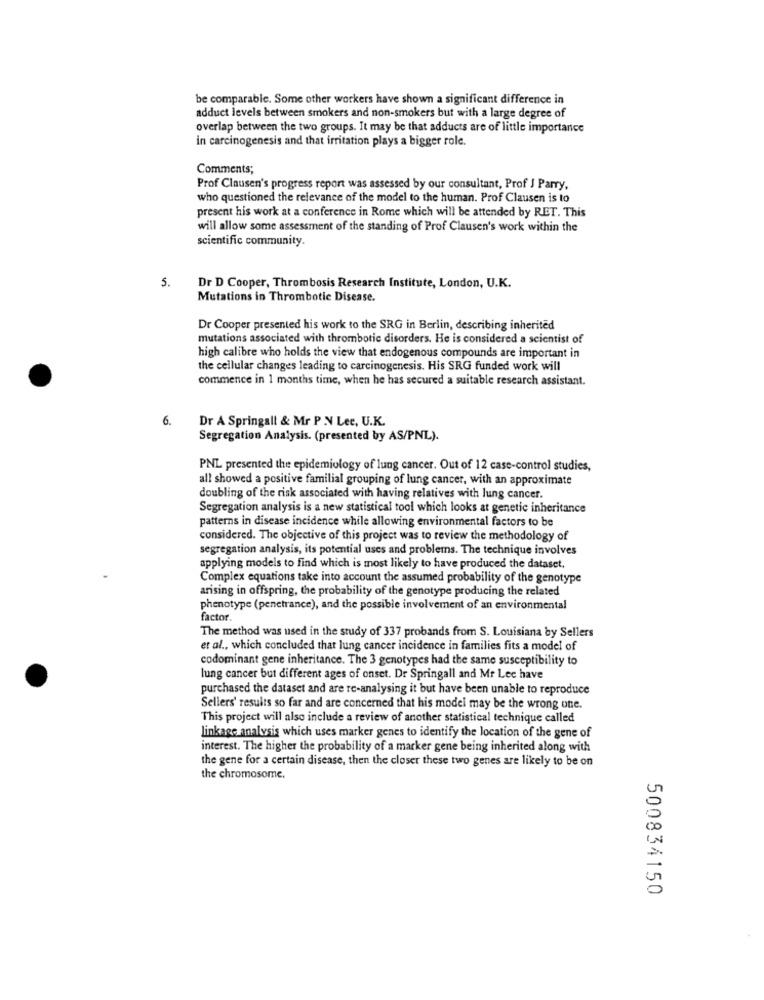
be comparable. Some other workers have shown a significant difference in
adduct levels between smokers and non-smokers but with a large degree of
overlap between the two groups. It may be that adducts are of little importance
in carcinogenesis and that irritation plays a bigger role.
Comments;
Prof Clausen's progress report was assessed by our consultant, Prof J Parry,
who questioned the relevance of the model to the human. Prof Clausen is to
present his work at a conference in Rome which will be attended by RET. This
will allow some assessment of the standing of Prof Clausen's work within the
scientific community.
5.
Dr D Cooper, Thrombosis Research Institute, London, U.K.
Mutations in Thrombotic Disease.
Dr Cooper presented his work to the SRG in Berlin, describing inherited
mutations associated with thrombotic disorders. He is considered a scientist of
high calibre who holds the view that endogenous compounds are important in
the cellular changes leading to carcinogenesis. His SRG funded work will
commence in 1 months time, when he has secured a suitable research assistant.
6.
Dr A Springall & Mr P.N Lee, U.K.
Segregation Analysis. (presented by AS/PNL).
PNL presented the epidemiology of lung cancer. Out of 12 case-control studies,
all showed a positive familial grouping of lung cancer, with an approximate
doubling of the risk associated with having relatives with lung cancer.
Segregation analysis is a new statistical tool which looks at genetic inheritance
patterns in disease incidence while allowing environmental factors to be
considered. The objective of this project was to review the methodology of
segregation analysis, its potential uses and problems. The technique involves
applying models to find which is most likely to have produced the dataset.
Complex equations take into account the assumed probability of the genotype
arising in offspring, the probability of the genotype producing the related
phenotype (penetrance), and the possible involvement of an environmental
factor.
The method was used in the study of 337 probands from S. Louisiana by Sellers
er al ., which concluded that lung cancer incidence in families fits a model of
codominant gene inheritance. The 3 genotypes had the same susceptibility to
lung cancer but different ages of onset. Dr Springall and Mr Lee have
purchased the dataset and are re-analysing it but have been unable to reproduce
Sellers' results so far and are concerned that his model may be the wrong one.
This project will also include a review of another statistical technique called
linkage analysis which uses marker genes to identify the location of the gene of
interest. The higher the probability of a marker gene being inherited along with
the gene for a certain disease, then the closer these two genes are likely to be on
the chromosome.
500834150